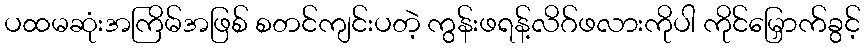
ပထမဆုံးအကြိမ်အဖြစ် စတင်ကျင်းပတဲ့ ကွန်းဖရန့်လိဂ်ဖလားကိုပါ ကိုင်မြှောက်ခွင့်